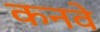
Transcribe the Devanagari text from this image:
कनवे